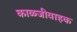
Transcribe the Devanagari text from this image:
काळजीवाहक